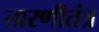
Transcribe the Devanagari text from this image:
तारणीतंत्र